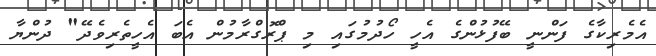
އެމެރިކާގެ ފަންނީ ބޭފުޅުންގެ އެހީ ހޯދުމުގައި މި ޕްރޮގްރާމުން އެބަ އެހީތެރިވެދޭ" ދުންޔާ